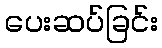
ပေးဆပ်ခြင်း